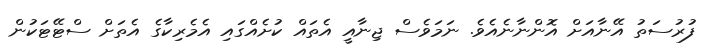
ފުރުސަތު އޭނާއަށް އޮންނާނެއެވެ. ނަމަވެސް ޖިނާއީ އެތައް ކުށެއްގައި އެމެރިކާގެ އެތަށް ސްޓޭޓަކުން